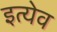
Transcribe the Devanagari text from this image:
इत्येव